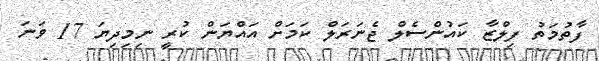
ފާތުމަތު ފިލްޒާ ކައުންސެލް ޖެނަރަލް ކަމަށް އައްޔަން ކުރީ ނިމިދިޔަ 17 ވަނަ